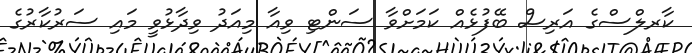
ކާރލްސްގެ އަރިސް ބޭފުޅެއް ކަމަށްވާ ސަންޓި ވިއާ މިއަދު ވިދާޅުވީ މައި ސަރުކާރުގެ